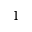
^ { 1 }